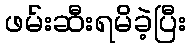
ဖမ်းဆီးရမိခဲ့ပြီး